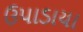
ઉપાડાયા